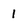
Character: 1